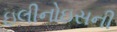
ઇલીનોઇસની